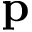
\mathbf { p }